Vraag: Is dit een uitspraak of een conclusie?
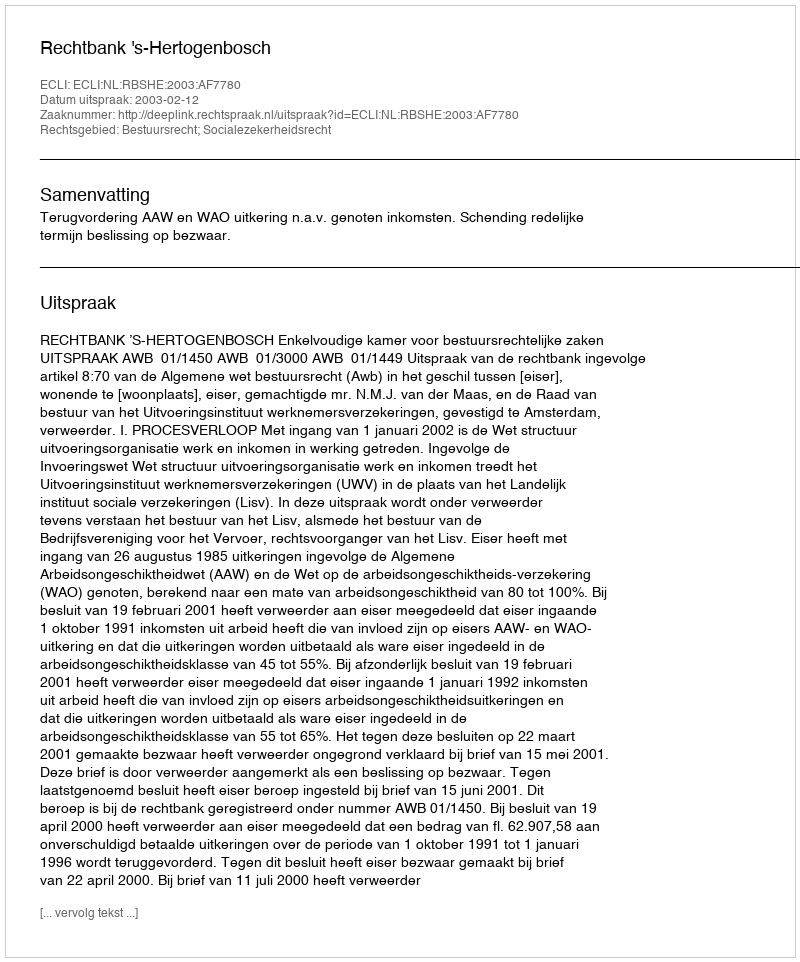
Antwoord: Uitspraak